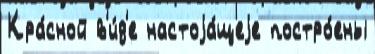
Кра́сной в'и́д'е настоjа́щеjе постро́ены